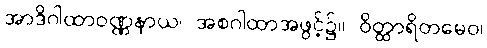
အာဒိဂါထာဝဏ္ဏနာယ၊ အစဂါထာအဖွင့်၌။ ဝိတ္ထာရိတမေဝ၊